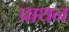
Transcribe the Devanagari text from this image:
प्राथन